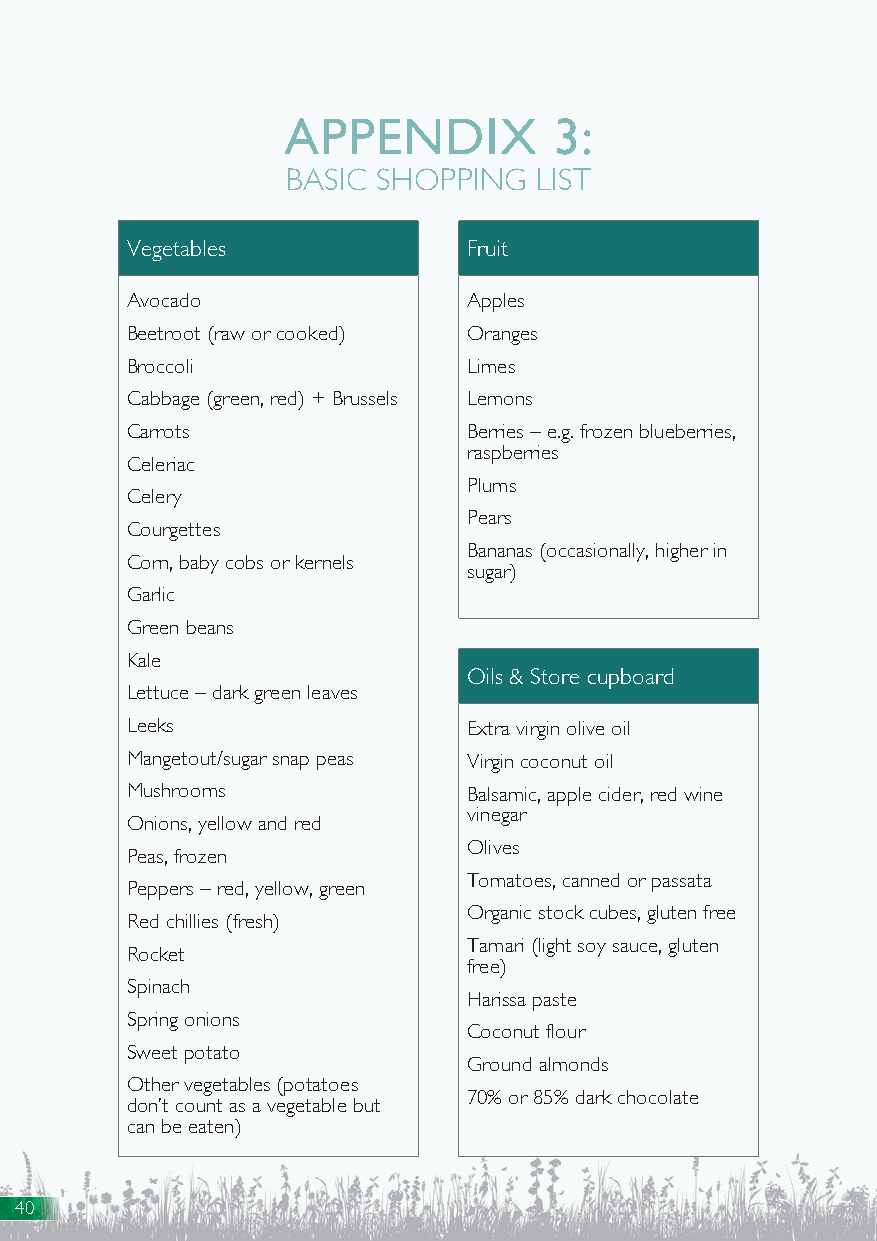
APPENDIX          3:
 BASIC SHOPPING  LIST
 Vegetables             Fruit
 Avocado                Apples
 Beetroot (raw or cooked) Oranges
 Broccoli               Limes
 Cabbage (green, red) + Brussels Lemons
 Carrots                Berries – e.g. frozen blueberries,
 raspberries
 Celeriac
 Plums
 Celery
 Pears
 Courgettes
 Bananas (occasionally, higher in
 Corn, baby cobs or kernels
 sugar)
 Garlic
 Green beans
 Kale
 Oils & Store cupboard
 Lettuce – dark green leaves
 Leeks                  Extra virgin olive oil
 Mangetout/sugar snap peas Virgin coconut oil
 Mushrooms              Balsamic, apple cider, red wine
 vinegar
 Onions, yellow and red
 Olives
 Peas, frozen
 Tomatoes, canned or passata
 Peppers – red, yellow, green
 Organic stock cubes, gluten free
 Red chillies (fresh)
 Tamari (light soy sauce, gluten
 Rocket
 free)
 Spinach
 Harissa paste
 Spring onions
 Coconut flour
 Sweet potato
 Ground almonds
 Other vegetables (potatoes
 70% or 85% dark chocolate
 don’t count as a vegetable but
 can be eaten)
 40